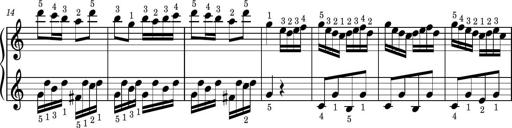
Title: Easy Progressive Lessons and 4 Sonatinas
Composer: Thomas Attwood